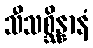
သီသစ္ဆိန္နာနံ